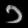
Digit: ၁